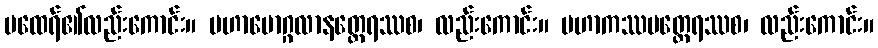
မထေရ်၏လည်းကောင်း။ မဟာမောဂ္ဂလာနတ္ထေရဿစ၊ လည်းကောင်း။ မဟာကဿပတ္ထေရဿစ၊ လည်းကောင်း။